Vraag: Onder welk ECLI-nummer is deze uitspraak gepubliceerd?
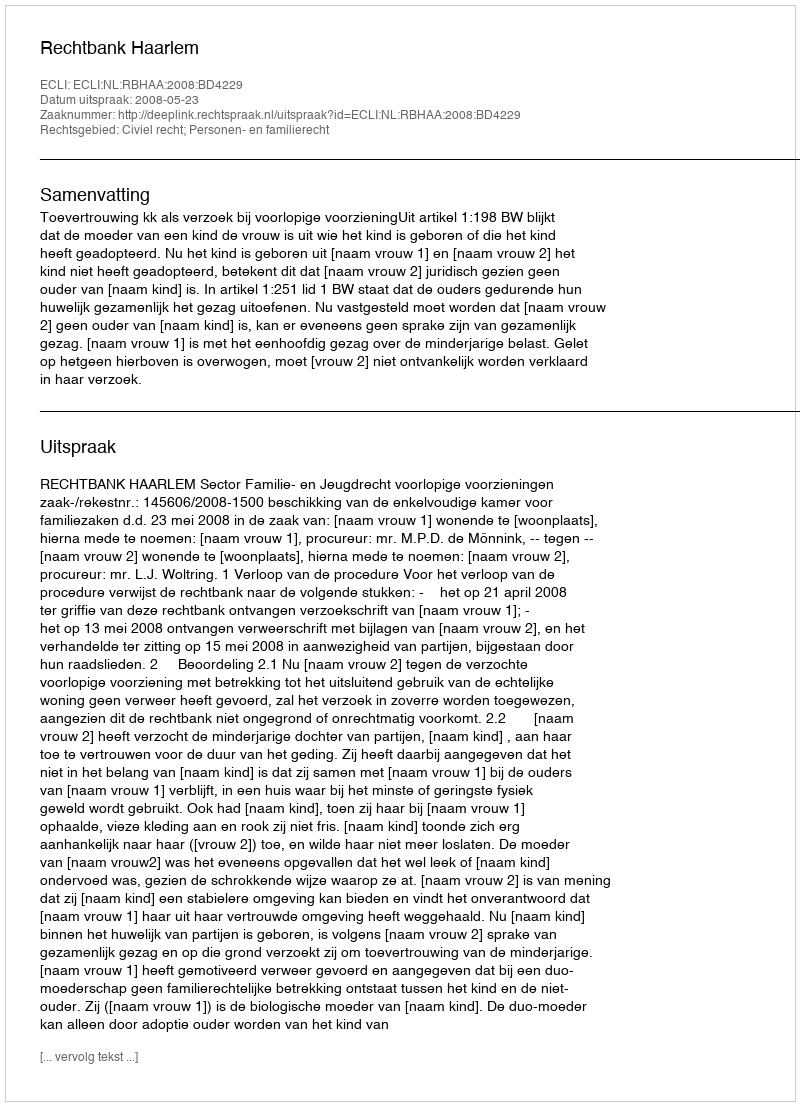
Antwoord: ECLI:NL:RBHAA:2008:BD4229